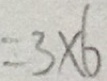
= 3 \times 6